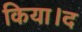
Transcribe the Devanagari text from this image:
किया।द